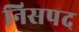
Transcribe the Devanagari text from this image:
निसपद